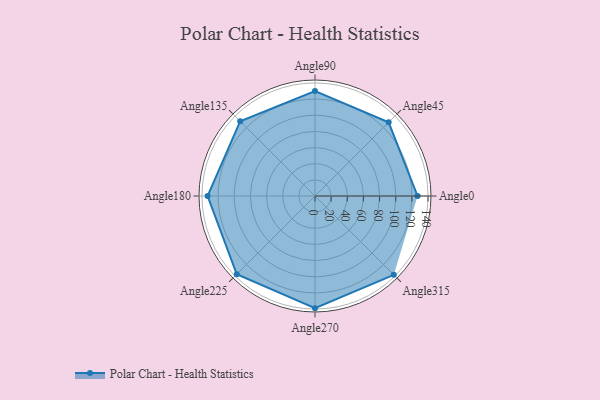
{"axis": {"x": "Angle", "y": "Radius"}, "legend": [""], "data": [{"x": "Angle0", "y": 127.0, "type": ""}, {"x": "Angle45", "y": 129.0, "type": ""}, {"x": "Angle90", "y": 130.0, "type": ""}, {"x": "Angle135", "y": 131.0, "type": ""}, {"x": "Angle180", "y": 133.0, "type": ""}, {"x": "Angle225", "y": 137.0, "type": ""}, {"x": "Angle270", "y": 139.0, "type": ""}, {"x": "Angle315", "y": 138.0, "type": ""}]}